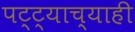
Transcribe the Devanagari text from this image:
पट्ट्याच्याही